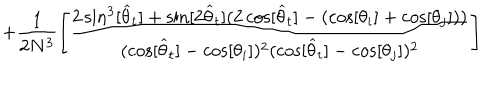
LaTeX: + \frac { 1 } { 2 N ^ { 3 } } \left[ \frac { 2 \sin ^ { 3 } [ \widehat { \theta } _ { t } ] + \sin [ 2 \widehat { \theta } _ { t } ] ( 2 \cos [ \widehat { \theta } _ { t } ] - ( \cos [ \theta _ { i } ] + \cos [ \theta _ { j } ] ) ) } { ( \cos [ \widehat { \theta } _ { t } ] - \cos [ \theta _ { i } ] ) ^ { 2 } ( \cos [ \widehat { \theta } _ { t } ] - \cos [ \theta _ { j } ] ) ^ { 2 } } \right]